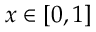
x \in [ 0 , 1 ]